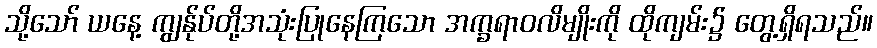
သို့သော် ယနေ့ ကျွန်ုပ်တို့အသုံးပြုနေကြသော အက္ခရာဝလိမျိုးကို ထိုကျမ်း၌ တွေ့ရှိရသည်။